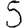
Digit: 5